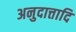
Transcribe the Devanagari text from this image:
अनुदात्तादि